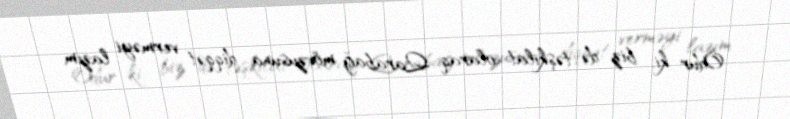
Odur ki, biz də təşkilat olaraq, Qarabağ mövzusuna diqqət verməyi lazım